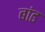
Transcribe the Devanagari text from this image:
बांढ